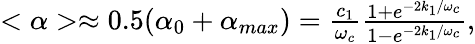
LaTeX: \begin{array}{r}{<\alpha>\approx 0.5(\alpha_{0}+\alpha_{max})=\frac{c_{1}}{\omega_{c}}\frac{1+e^{-2k_{1}/\omega_{c}}}{1-e^{-2k_{1}/\omega_{c}}},}\end{array}